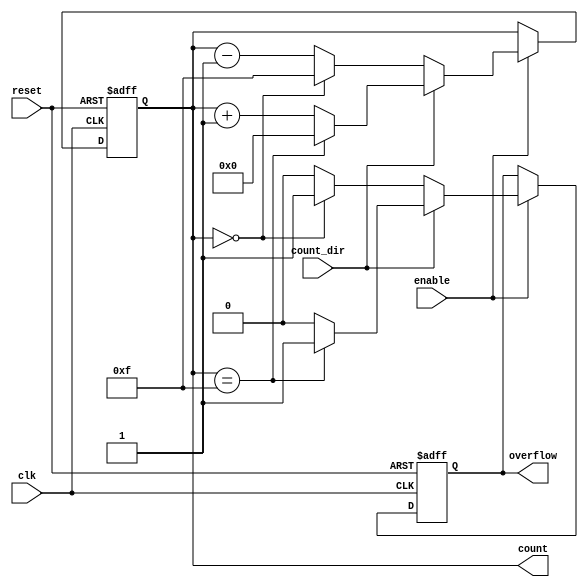
module multi_bit_counter #(
    parameter BIT_WIDTH = 4  // Specify the number of bits in the counter
)(
    input wire clk,          // Clock signal
    input wire reset,        // Asynchronous reset signal
    input wire enable,       // Enable signal
    input wire count_dir,    // Count direction: 1 for up, 0 for down
    output reg [BIT_WIDTH-1:0] count, // Current count output
    output reg overflow       // Overflow flag
);

    // Maximum value based on bit width
    localparam MAX_COUNT = (1 << BIT_WIDTH) - 1;
    localparam MIN_COUNT = 0;

    // Asynchronous reset and counting logic
    always @(posedge clk or posedge reset) begin
        if (reset) begin
            count <= MIN_COUNT; // Reset to minimum value
            overflow <= 0;      // Clear overflow flag
        end else if (enable) begin
            if (count_dir) begin // Up count
                if (count == MAX_COUNT) begin
                    count <= MIN_COUNT; // Wrap around
                    overflow <= 1;      // Set overflow flag
                end else begin
                    count <= count + 1; // Increment count
                    overflow <= 0;      // Clear overflow flag
                end
            end else begin // Down count
                if (count == MIN_COUNT) begin
                    count <= MAX_COUNT; // Wrap around
                    overflow <= 1;      // Set overflow flag
                end else begin
                    count <= count - 1; // Decrement count
                    overflow <= 0;      // Clear overflow flag
                end
            end
        end
    end

endmodule